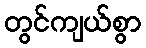
တွင်ကျယ်စွာ